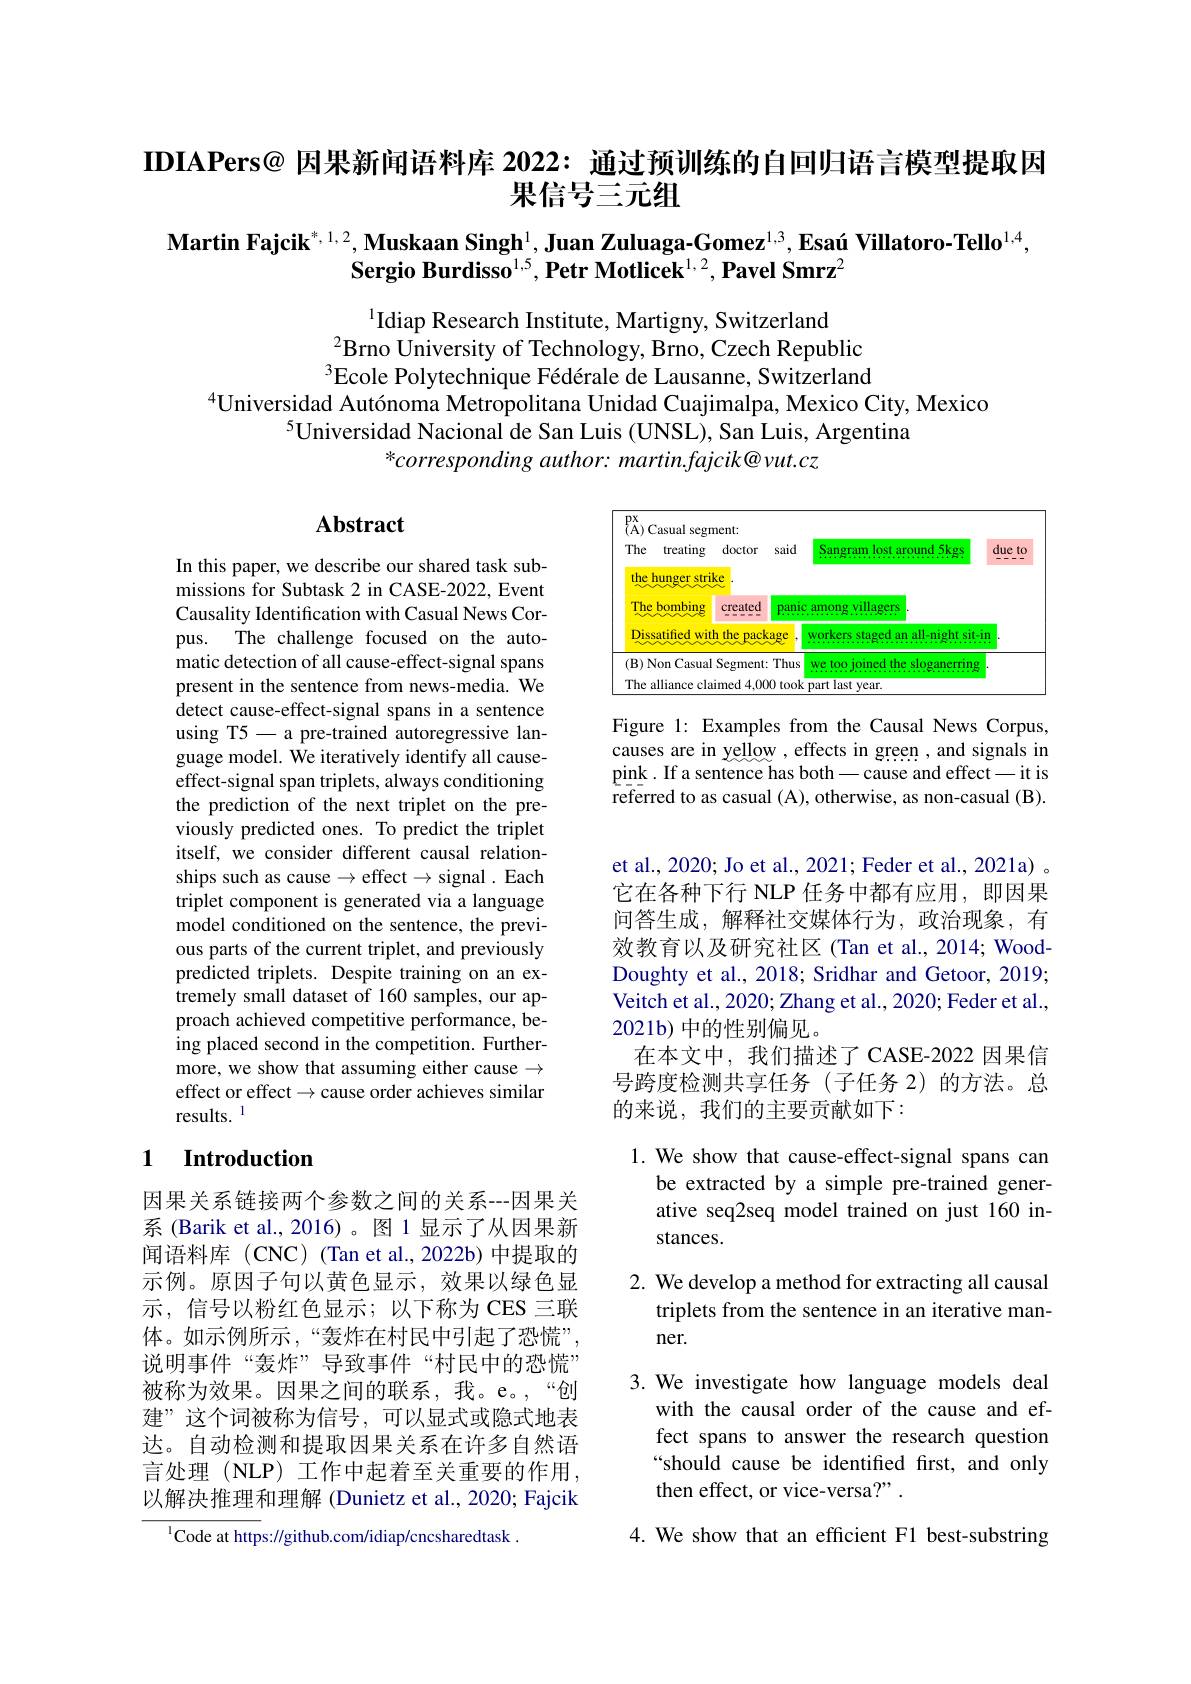
IDIAPers@ 因果新闻语料库 2022: 通过预训练的自回归语言模型提取因
果信号三元组

$\textbf{Martin Fajcik}^{*,1,2},\textbf{Muskaan Singh}^{1},\textbf{Juan Zuluaga-Gomez}^{1,3},\textbf{Esaú Villatoro-Tello}^{1,4}$,
$\textbf{Sergio Burdisso}^{1,5},\textbf{Petr Motlicek}^{1,2},\textbf{Pavel Smrz}^{2}$

$^{1}$Idiap Research Institute, Martigny, Switzerland
$^{2}$Brno University of Technology, Brno, Czech Republic $^3$Ecole Polytechnique Fédérale de Lausanne, Switzerland

$^{4}$Universidad Autónoma Metropolitana Unidad Cuajimalpa, Mexico City, Mexico
$^{5}$Universidad Nacional de San Luis (UNSL), San Luis, Argentina
$*correspondingauthor:martin.fajcik@vut.cz$

## Abstract

<FigureHere>

Figure 1: Examples from the Causal News Corpus, causes are in yellow , effects in green , and signals in pink. If a sentence has both\_cause and effect\_it is referred to as casual (A), otherwise, as non-casual (B).

In this paper, we describe our shared task submissions for Subtask 2 in CASE-2022, Event Causality Identification with Casual News Corpus. The challenge focused on the automatic detection of all cause-effect-signal spans present in the sentence from news-media. We detect cause-effect-signal spans in a sentence using T5- a pre-trained autoregressive language model. We iteratively identify all causeeffect-signal span triplets, always conditioning the prediction of the next triplet on the previously predicted ones. To predict the triplet itself, we consider different causal relationships such as cause $\to$effect$\to$ signal . Each triplet component is generated via a language model conditioned on the sentence, the previous parts of the current triplet, and previously predicted triplets. Despite training on an extremely small dataset of 160 samples, our approach achieved competitive performance, being placed second in the competition. Furthermore, we show that assuming either cause $\to$ effect or effect $\to$cause order achieves similar results. 1

et al., 2020; Jo et al., 2021; Feder et al., 2021a) 。它在各种下行 NLP 任务中都有应用，即因果问答生成，解释社交媒体行为，政治现象，有效教育以及研究社区(Tan et al.,2014; WoodDoughty et al., 2018; Sridhar and Getoor, 2019; Veitch et al., 2020; Zhang et al., 2020; Feder et al., 2021b) 中的性别偏见。
在本文中，我们描述了CASE-2022因果信号跨度检测共享任务(子任务 2)的方法。总的来说，我们的主要贡献如下：

### 1 $\textbf{Introduction}$

1. We show that cause-effect-signal spans can
be extracted by a simple pre-trained generative seq2seq model trained on just 160 instances.

2. We develop a method for extracting all causal
triplets from the sentence in an iterative man-
ner.

因果关系链接两个参数之间的关系--因果关系 (Barik et al., 2016)。图 1 显示了从因果新闻语料库 (CNC) (Tan et al., 2022b) 中提取的示例。原因子句以黄色显示，效果以绿色显示，信号以粉红色显示；以下称为 CES 三联体。如示例所示，“轰炸在村民中引起了恐慌”, 说明事件“轰炸”导致事件“村民中的恐慌” 被称为效果。因果之间的联系，我。e。,“创建”这个词被称为信号，可以显式或隐式地表达。自动检测和提取因果关系在许多自然语言处理(NLP) 工作中起着至关重要的作用， 以解决推理和理解 (Dunietz et al., 2020; Fajcik
$^{1}$Code at https://github.com/idiap/cncsharedtask

3.We investigate how language models deal
with the causal order of the cause and effect spans to answer the research question “should cause be identified first, and only then effect, or vice-versa?" .

4. We show that an efficient F1 best-substring